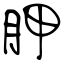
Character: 胛